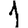
Digit: 1